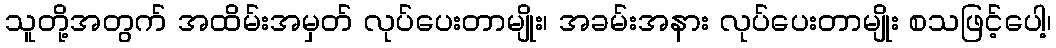
သူတို့အတွက် အထိမ်းအမှတ် လုပ်ပေးတာမျိုး၊ အခမ်းအနား လုပ်ပေးတာမျိုး စသဖြင့်ပေါ့၊